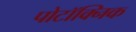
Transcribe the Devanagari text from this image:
पोटॉक्निक